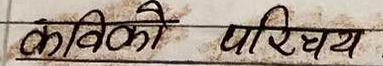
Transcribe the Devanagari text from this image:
कवि को परिचय